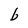
Character: b